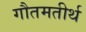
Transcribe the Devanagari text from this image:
गौतमतीर्थ